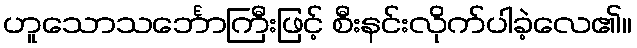
ဟူသောသင်္ဘောကြီးဖြင့် စီးနင်းလိုက်ပါခဲ့လေ၏။